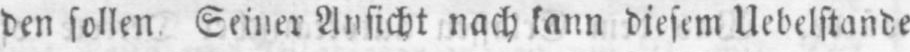
den sollen. Seiner Ansicht nach kann diesem Uebelstande